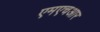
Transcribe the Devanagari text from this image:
एमएचआर